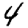
Digit: 4